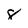
Character: 8